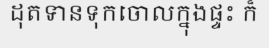
ដុតទានទុកចោលក្នុងផ្ទះ ក៏